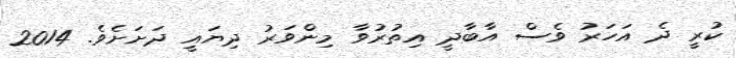
ކުރީ ދެ އަހަރު ވެސް އާބާދީ އިތުރުވާ މިންވަރު ދިޔައީ ދަށަށެވެ. 2014